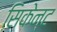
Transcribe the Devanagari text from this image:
सिकेन्ट